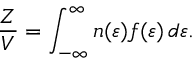
\frac { Z } { V } = \int _ { - \infty } ^ { \infty } n ( \varepsilon ) f ( \varepsilon ) \, d \varepsilon .